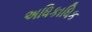
અધિકાધિક